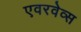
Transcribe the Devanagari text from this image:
एवरवेव्स